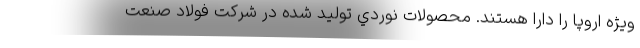
ويژه اروپا را دارا هستند. محصولات نوردي توليد شده در شركت فولاد صنعت